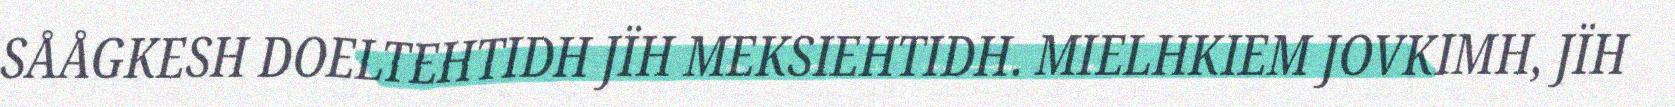
SÅÅGKESH DOELTEHTIDH JÏH MEKSIEHTIDH. MIELHKIEM JOVKIMH, JÏH